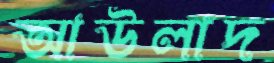
আউলাদ